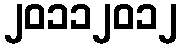
၂၀၁၁၂၀၁၂